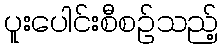
ပူးပေါင်းစီစဉ်သည့်